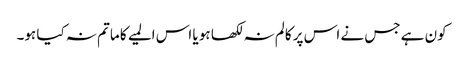
کون ہے جس نے اس پر کالم نہ لکھا ہو یا اس المیے کا ماتم نہ کیا ہو۔